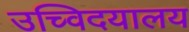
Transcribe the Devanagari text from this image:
उच्विदयालय